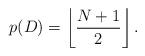
LaTeX: \begin{align*} p(D)= \left\lfloor\frac{N+1}{2}\right\rfloor. \end{align*}